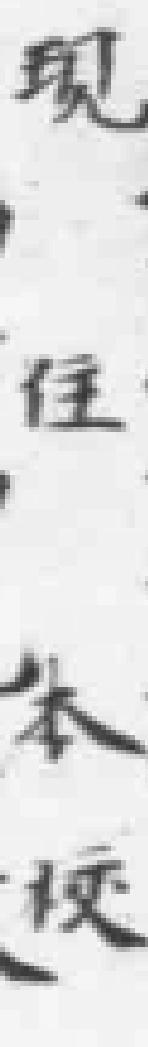
現住本校